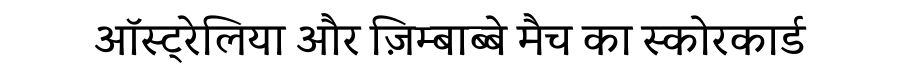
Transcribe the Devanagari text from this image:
ऑस्ट्रेलिया और ज़िम्बाब्बे मैच का स्कोरकार्ड